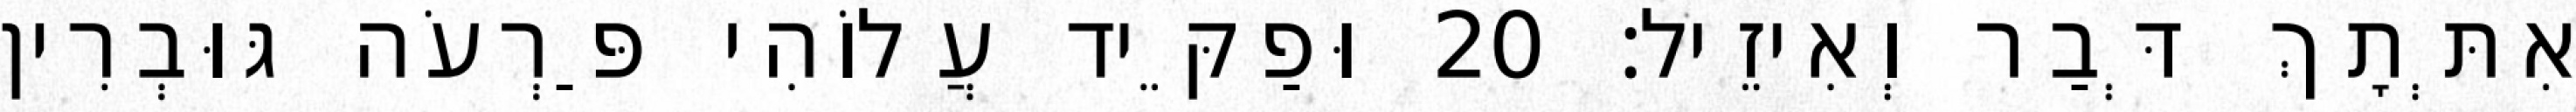
אִתְּתָךְ דְּבַר וְאִיזֵיל׃ 20 וּפַקֵּיד עֲלוֹהִי פַּרְעֹה גּוּבְרִין